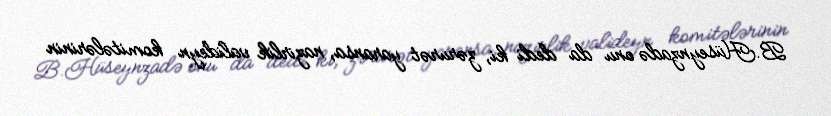
B.Hüseynzadə onu da dedi ki, zərurət yaransa, nazirlik valideyn komitələrinin